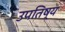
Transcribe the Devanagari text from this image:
उपतिष्य